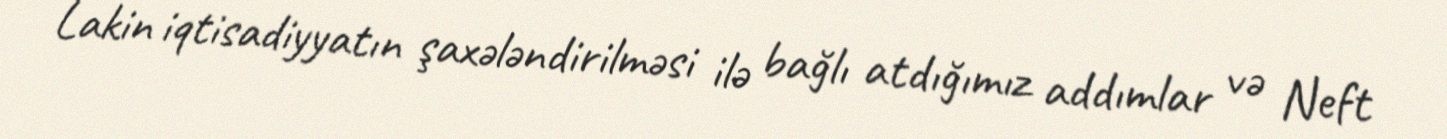
Lakin iqtisadiyyatın şaxələndirilməsi ilə bağlı atdığımız addımlar və Neft